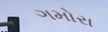
ગમોરા